65_HS1-834228961_62-HQ-83894_Section_2
Agency: FBI
Page 78
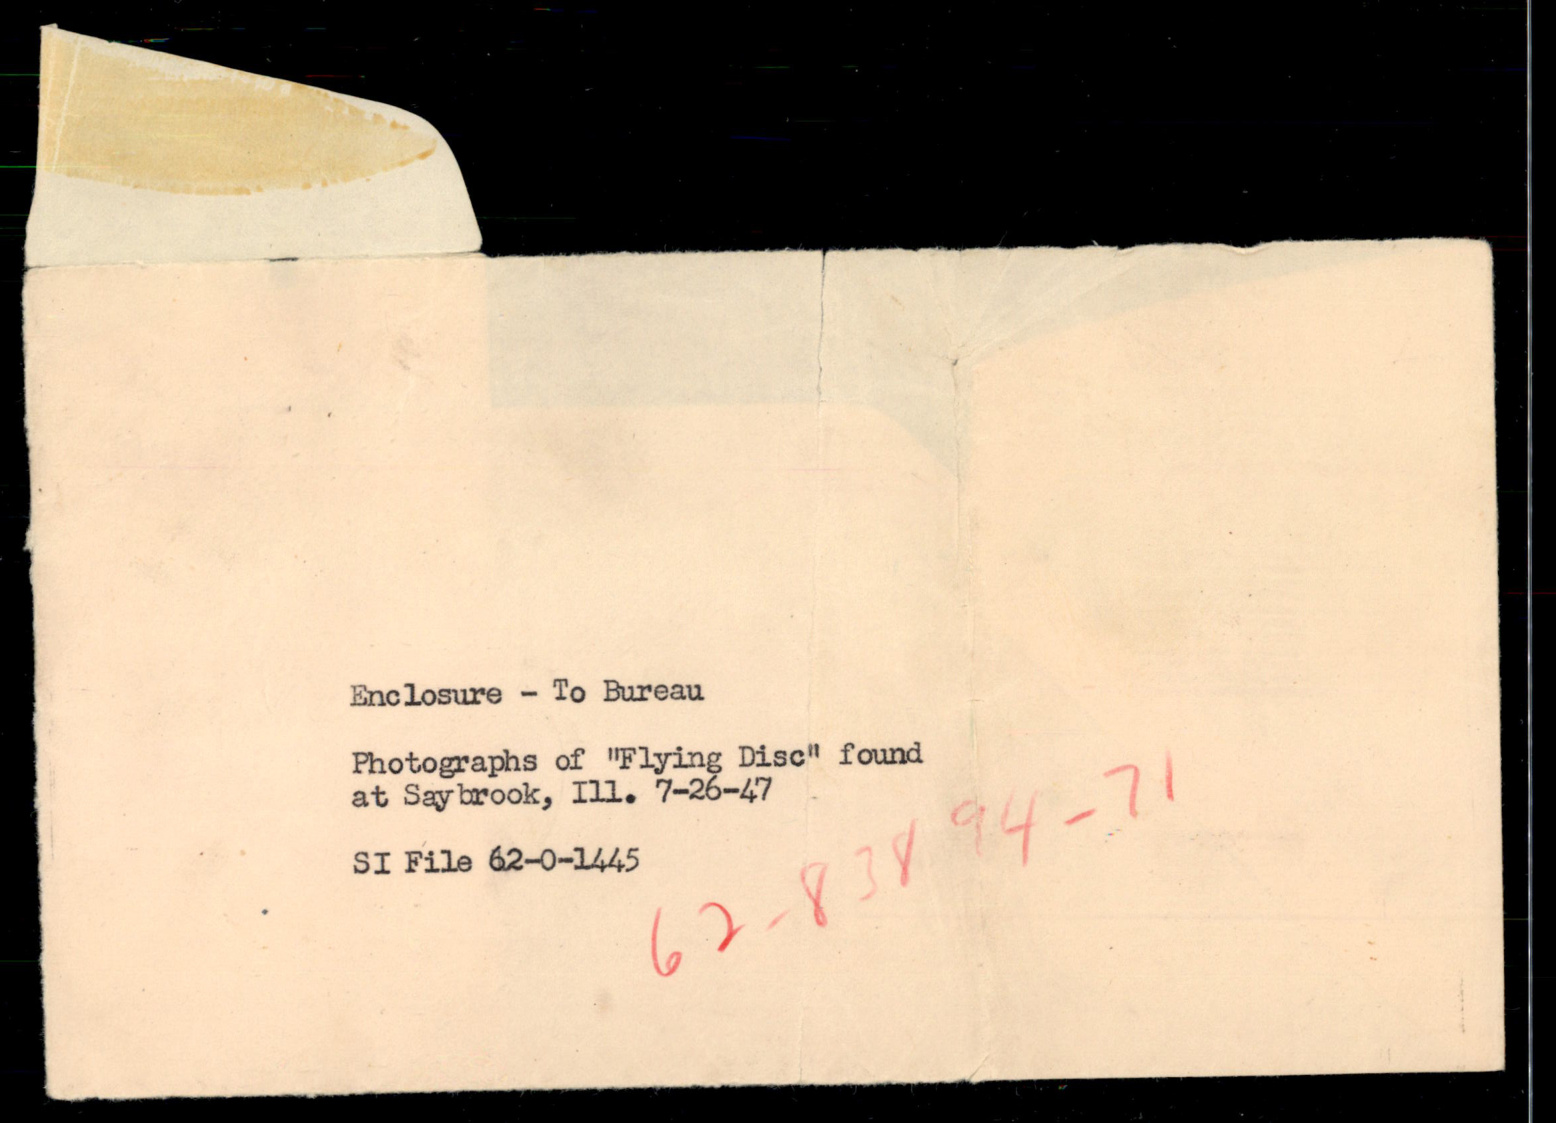